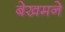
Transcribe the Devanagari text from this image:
बेखमने